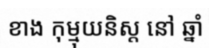
ខាង កុម្មុយនិស្ត នៅ ឆ្នាំ